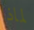
لماذا